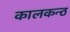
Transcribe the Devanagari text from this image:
कालकन्ठ